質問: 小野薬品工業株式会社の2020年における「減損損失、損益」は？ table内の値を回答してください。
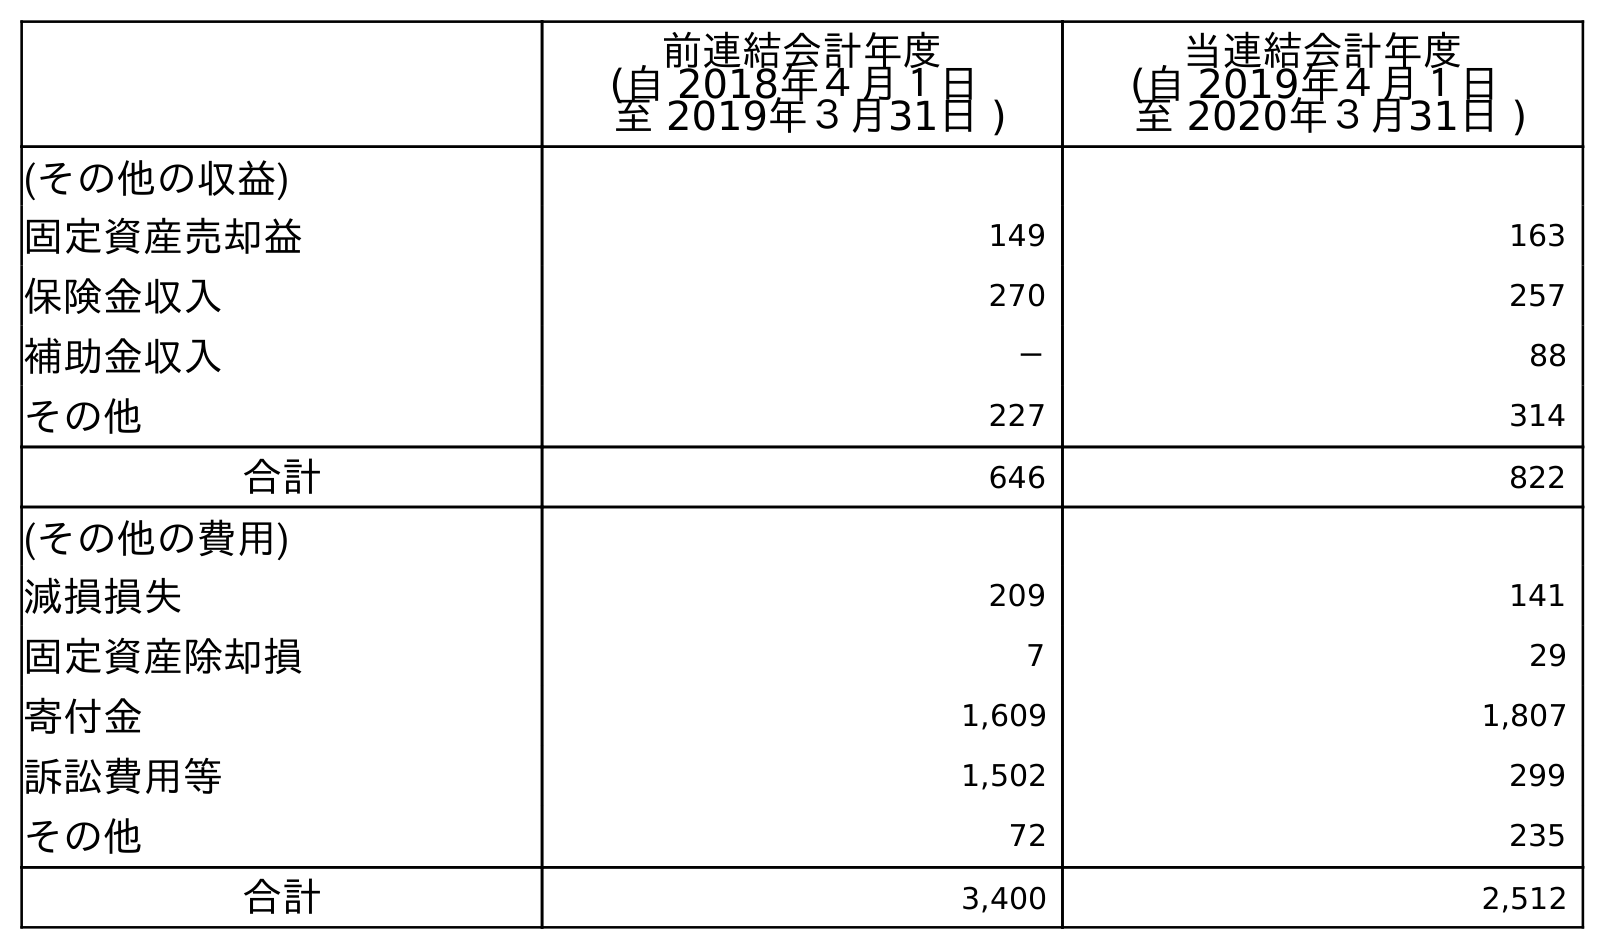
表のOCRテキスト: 前連結会計年度 (自 2018年４月１日 至 2019年３月31日 ) 当連結会計年度 (自 2019年４月１日 至 2020年３月31日 ) (その他の収益) 固定資産売却益 149 163 保険金収入 270 257 補助金収入 － 88 その他 227 314 合計 646 822 (その他の費用) 減損損失 209 141 固定資産除却損 7 29 寄付金 1,609 1,807 訴訟費用等 1,502 299 その他 72 235 合計 3,400 2,512
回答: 141